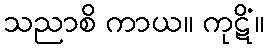
သညာစိ ကာယ။ ကုဋိံ။